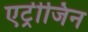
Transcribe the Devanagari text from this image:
एट्रीजिन